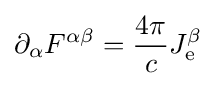
\partial _{\alpha }F^{\alpha \beta }={\frac {4\pi }{c}}J_{\mathrm {e} }^{\beta }